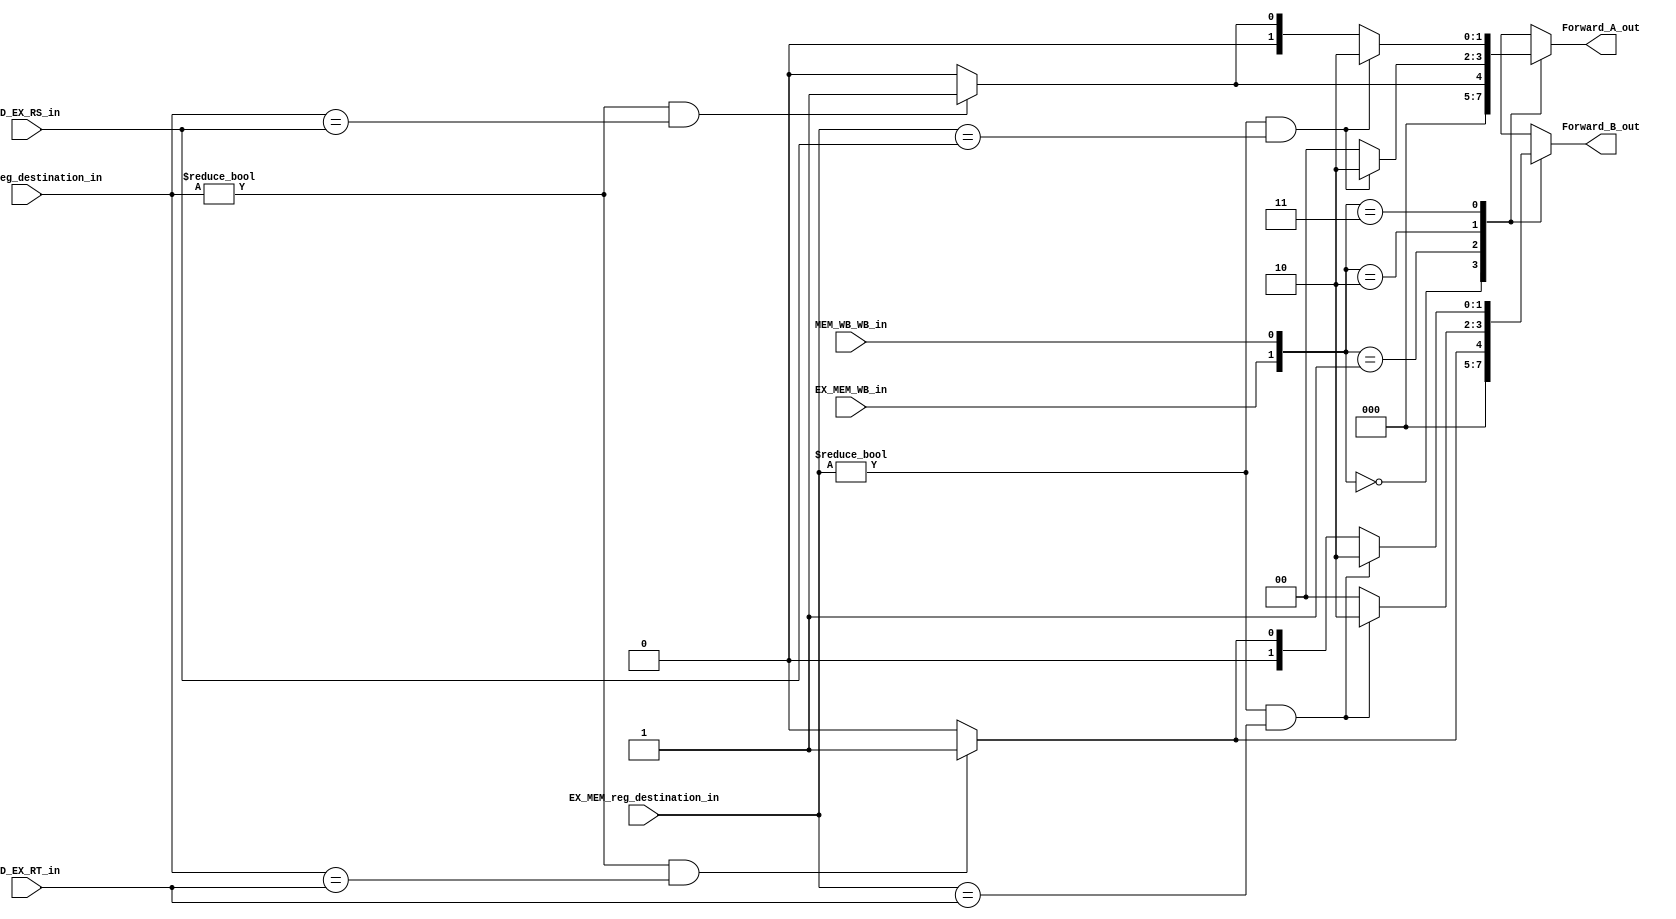
module forwarding_unit(
	output reg [1:0] Forward_A_out, Forward_B_out, 
	input [4:0] ID_EX_RS_in, ID_EX_RT_in, EX_MEM_reg_destination_in, MEM_WB_reg_destination_in, 
	input EX_MEM_WB_in, MEM_WB_WB_in);

  always @(*) begin
    case({EX_MEM_WB_in,MEM_WB_WB_in}) //Makes sure both instruction are writing to memory
      2'b00: begin 
        Forward_A_out <= 2'b00;
        Forward_B_out <= 2'b00;
      end
      2'b01: begin
        if( (MEM_WB_reg_destination_in != 0) && (MEM_WB_reg_destination_in == ID_EX_RS_in) )
          Forward_A_out <= 2'b01;
        else
          Forward_A_out <= 2'b00;
        if( (MEM_WB_reg_destination_in != 0) && (MEM_WB_reg_destination_in == ID_EX_RT_in) ) 
          Forward_B_out <= 2'b01;
        else
          Forward_B_out <= 2'b00;
      end
      2'b10: begin 
        if( (EX_MEM_reg_destination_in != 0) && (EX_MEM_reg_destination_in == ID_EX_RS_in) )
          Forward_A_out <= 2'b10;
        else
          Forward_A_out <= 2'b00;
        if( (EX_MEM_reg_destination_in != 0) && (EX_MEM_reg_destination_in == ID_EX_RT_in) )
          Forward_B_out <= 2'b10;
        else
          Forward_B_out <= 2'b00;
      end
      2'b11: begin 
        if( (EX_MEM_reg_destination_in != 0) && (EX_MEM_reg_destination_in == ID_EX_RS_in) )
          Forward_A_out <= 2'b10;
        else if ((MEM_WB_reg_destination_in != 0) && (MEM_WB_reg_destination_in == ID_EX_RS_in ) )
          Forward_A_out <= 2'b01;
        else
          Forward_A_out <= 2'b00;
        if( (EX_MEM_reg_destination_in != 0) && (EX_MEM_reg_destination_in == ID_EX_RT_in) ) 
          Forward_B_out <= 2'b10;
        else if( (MEM_WB_reg_destination_in != 0) && (MEM_WB_reg_destination_in == ID_EX_RT_in) )
          Forward_B_out <= 2'b01;
        else
          Forward_B_out <= 2'b00;
      end
      default: begin
        Forward_A_out <= 2'b00;
        Forward_B_out <= 2'b00;
      end
    endcase
  end    
endmodule